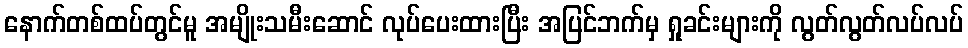
နောက်တစ်ထပ်တွင်မူ အမျိုးသမီးဆောင် လုပ်ပေးထားပြီး အပြင်ဘက်မှ ရှုခင်းများကို လွတ်လွတ်လပ်လပ်